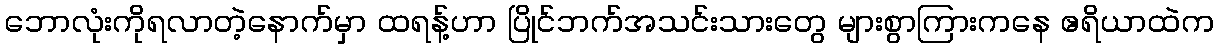
ဘောလုံးကိုရလာတဲ့နောက်မှာ ထရန့်ဟာ ပြိုင်ဘက်အသင်းသားတွေ များစွာကြားကနေ ဧရိယာထဲက